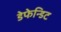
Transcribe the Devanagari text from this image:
डेफेन्डिट